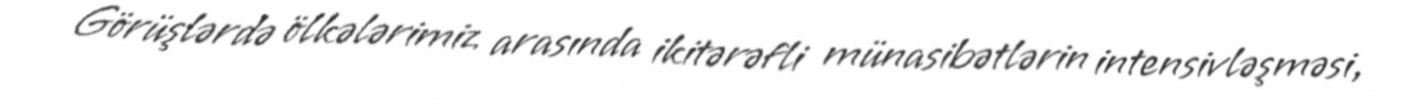
Görüşlərdə ölkələrimiz arasında ikitərəfli münasibətlərin intensivləşməsi,